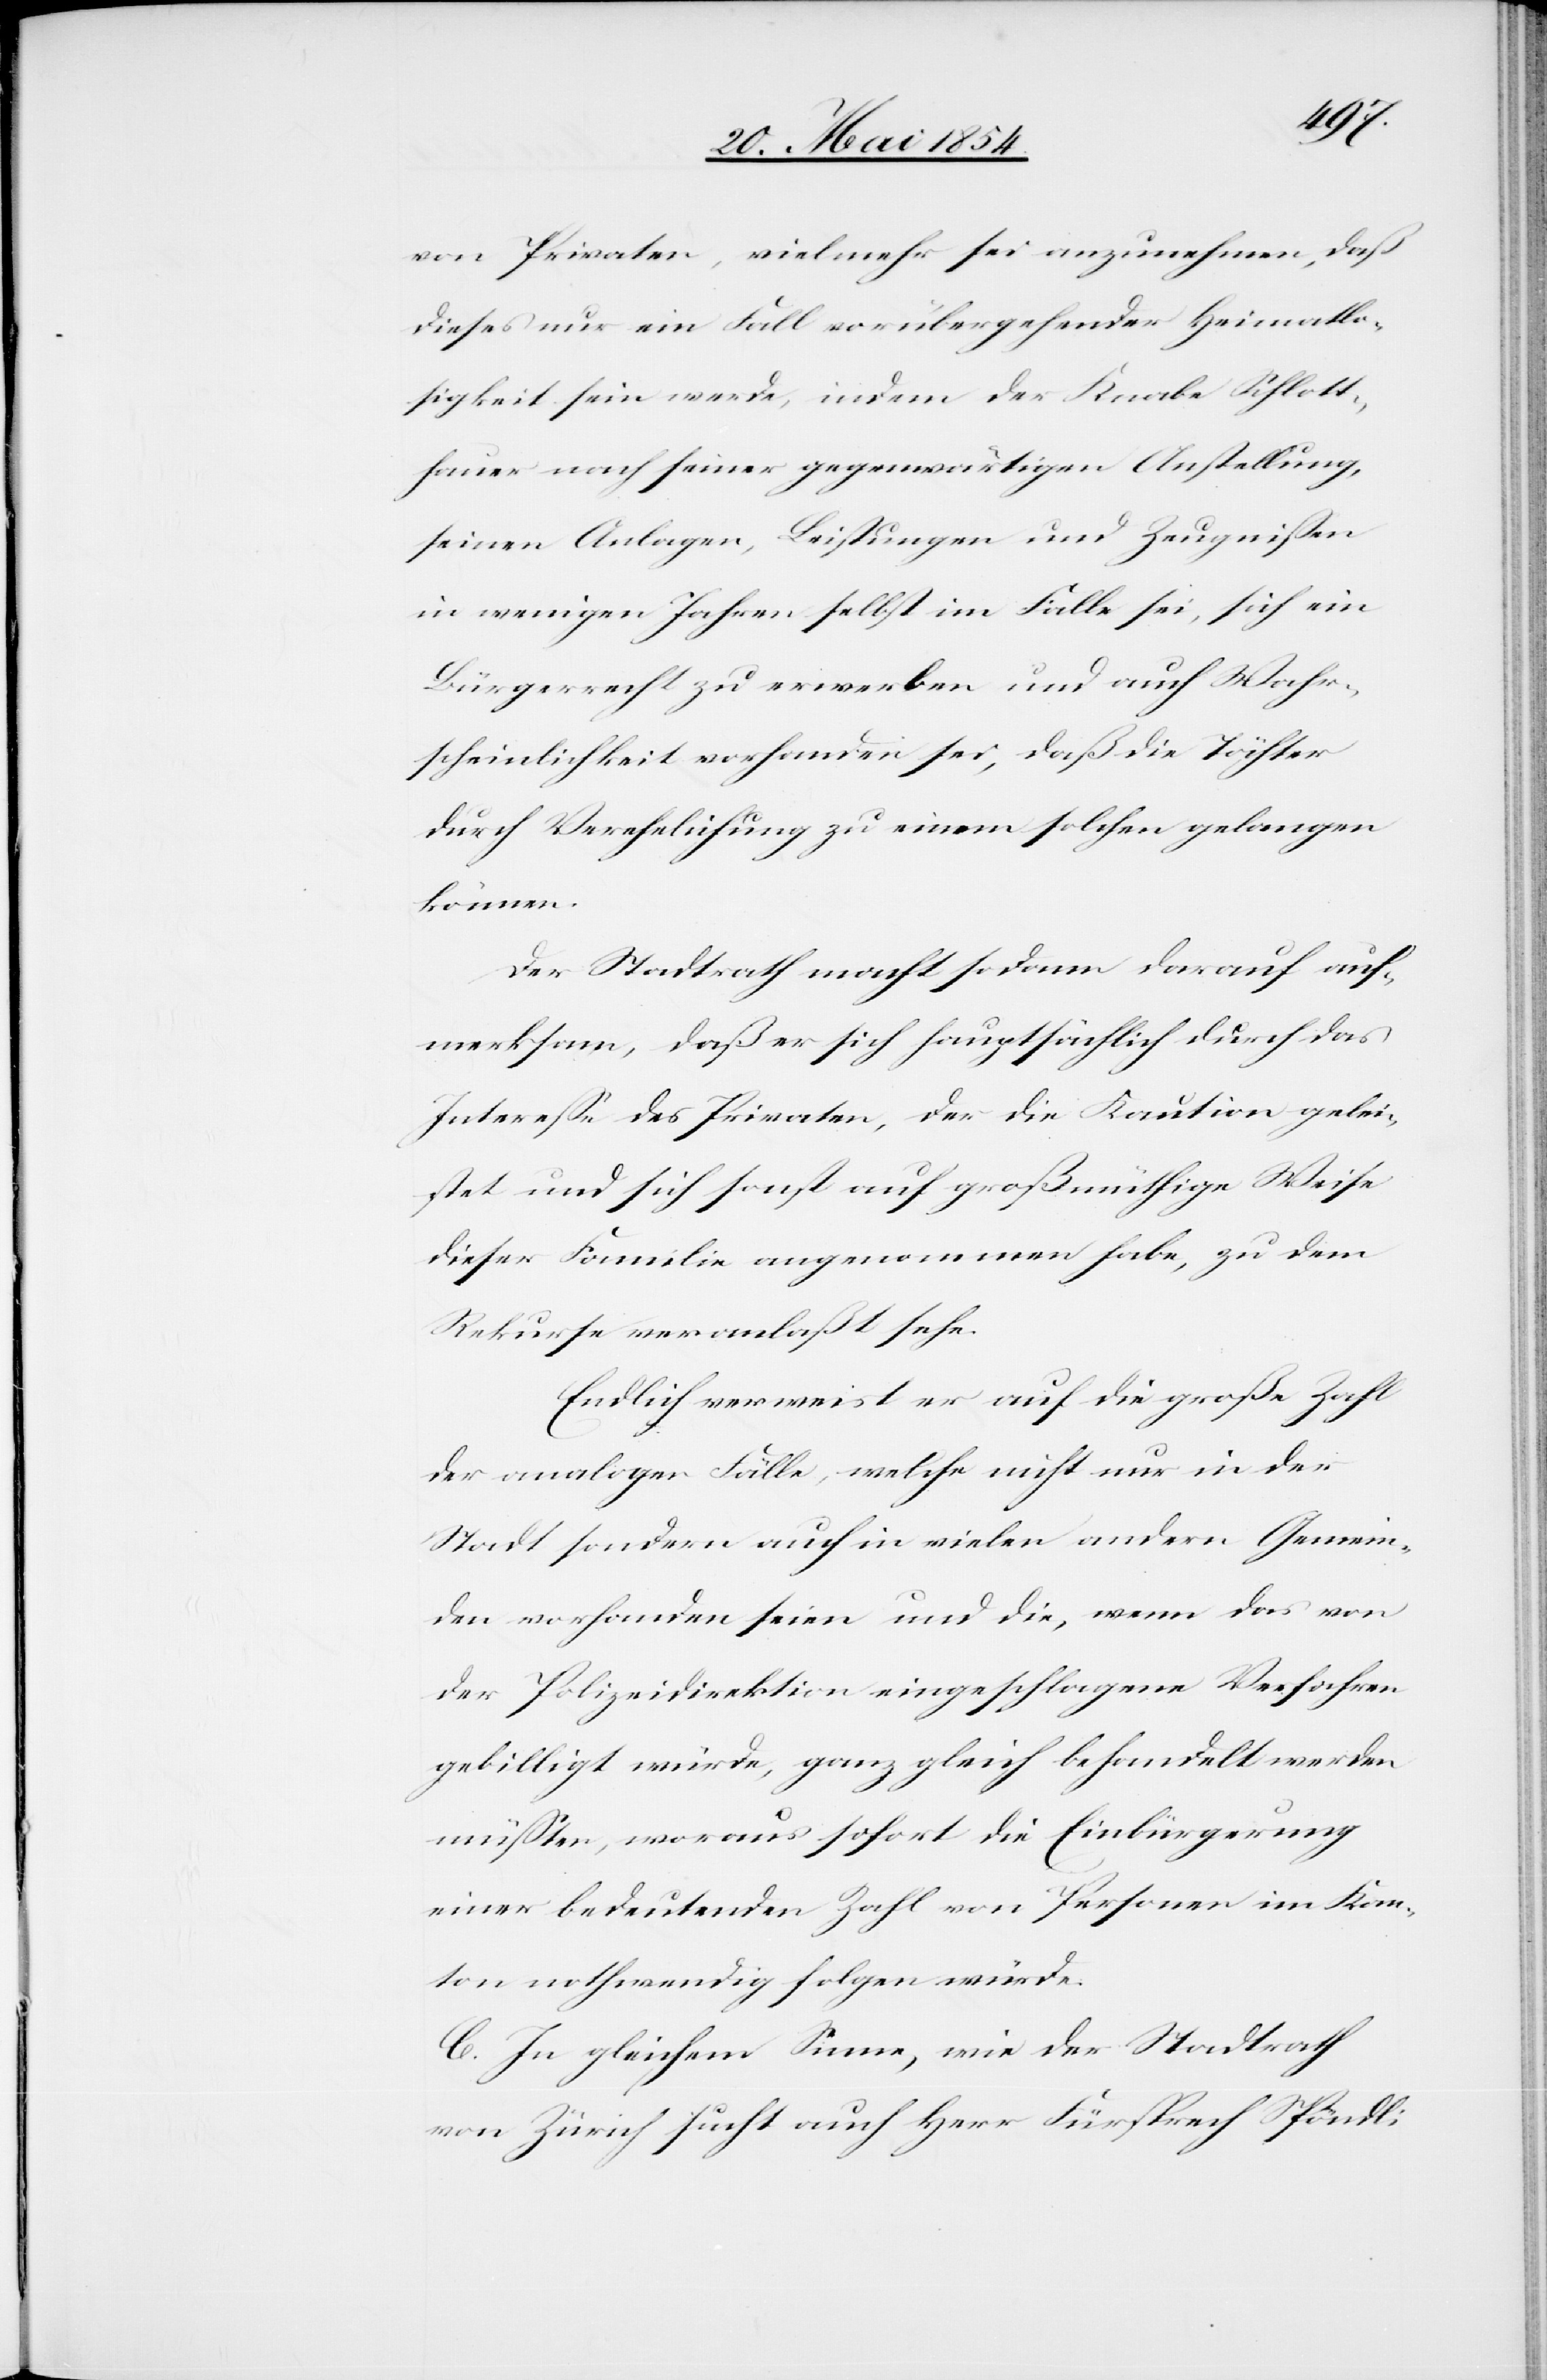
von Privaten, vielmehr sei anzunehmen, daß
dieses nur ein Fall vorübergehender Heimatlo¬
sigkeit sein werde, indem der Knabe Schlott¬
hauer nach seiner gegenwärtigen Anstellung,
seinen Anlagen, Leistungen und Zeugnißen
in wenigen Jahren selbst im Falle sei, sich ein
Bürgerrecht zu erwerben und auch Wahr¬
scheinlichkeit vorhanden sei, daß die Töchter
durch Verehelichung zu einem solchen gelangen
können.
Der Stadtrath macht sodann darauf auf¬
merksam, daß er sich hauptsächlich durch das
Intereße des Privaten, der die Kaution gelei¬
stet und sich sonst auf großmüthige Weise
dieser Familie angenommen habe, zu dem
Rekurse veranlaßt sehe.
Endlich verweist er auf die große Zahl
der analogen Fälle, welche nicht nur in der
Stadt sondern auch in vielen andern Gemein¬
den vorhanden seien und die, wenn das von
der Polizeidirektion eingeschlagene Verfahren
gebilligt würde, ganz gleich behandelt werden
müßten, woraus sofort die Einbürgerung
einer bedeutenden Zahl von Personen im Kan¬
ton nothwendig folgen würde.
C. In gleichem Sinne, wie der Stadtrath
von Zürich sucht auch Herr Fürsprech Spöndli